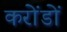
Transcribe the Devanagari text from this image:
करोंडों